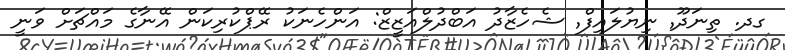
ގދ. ތިނަދޫ